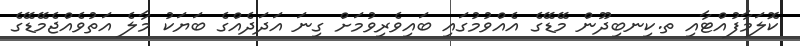
ކޮލަމާފުއްޓާއި ތ.ކިނބިދޫން މޭޑޭގެ އެއްވުމުގައި ބައިވެރިވުމަށް ގިނަ އަދަދެއްގެ ބަޔަކު މާލެ އަތުވެއްޖެމޭޑޭގެ